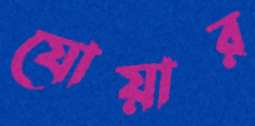
যোয়ার